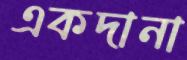
একদানা